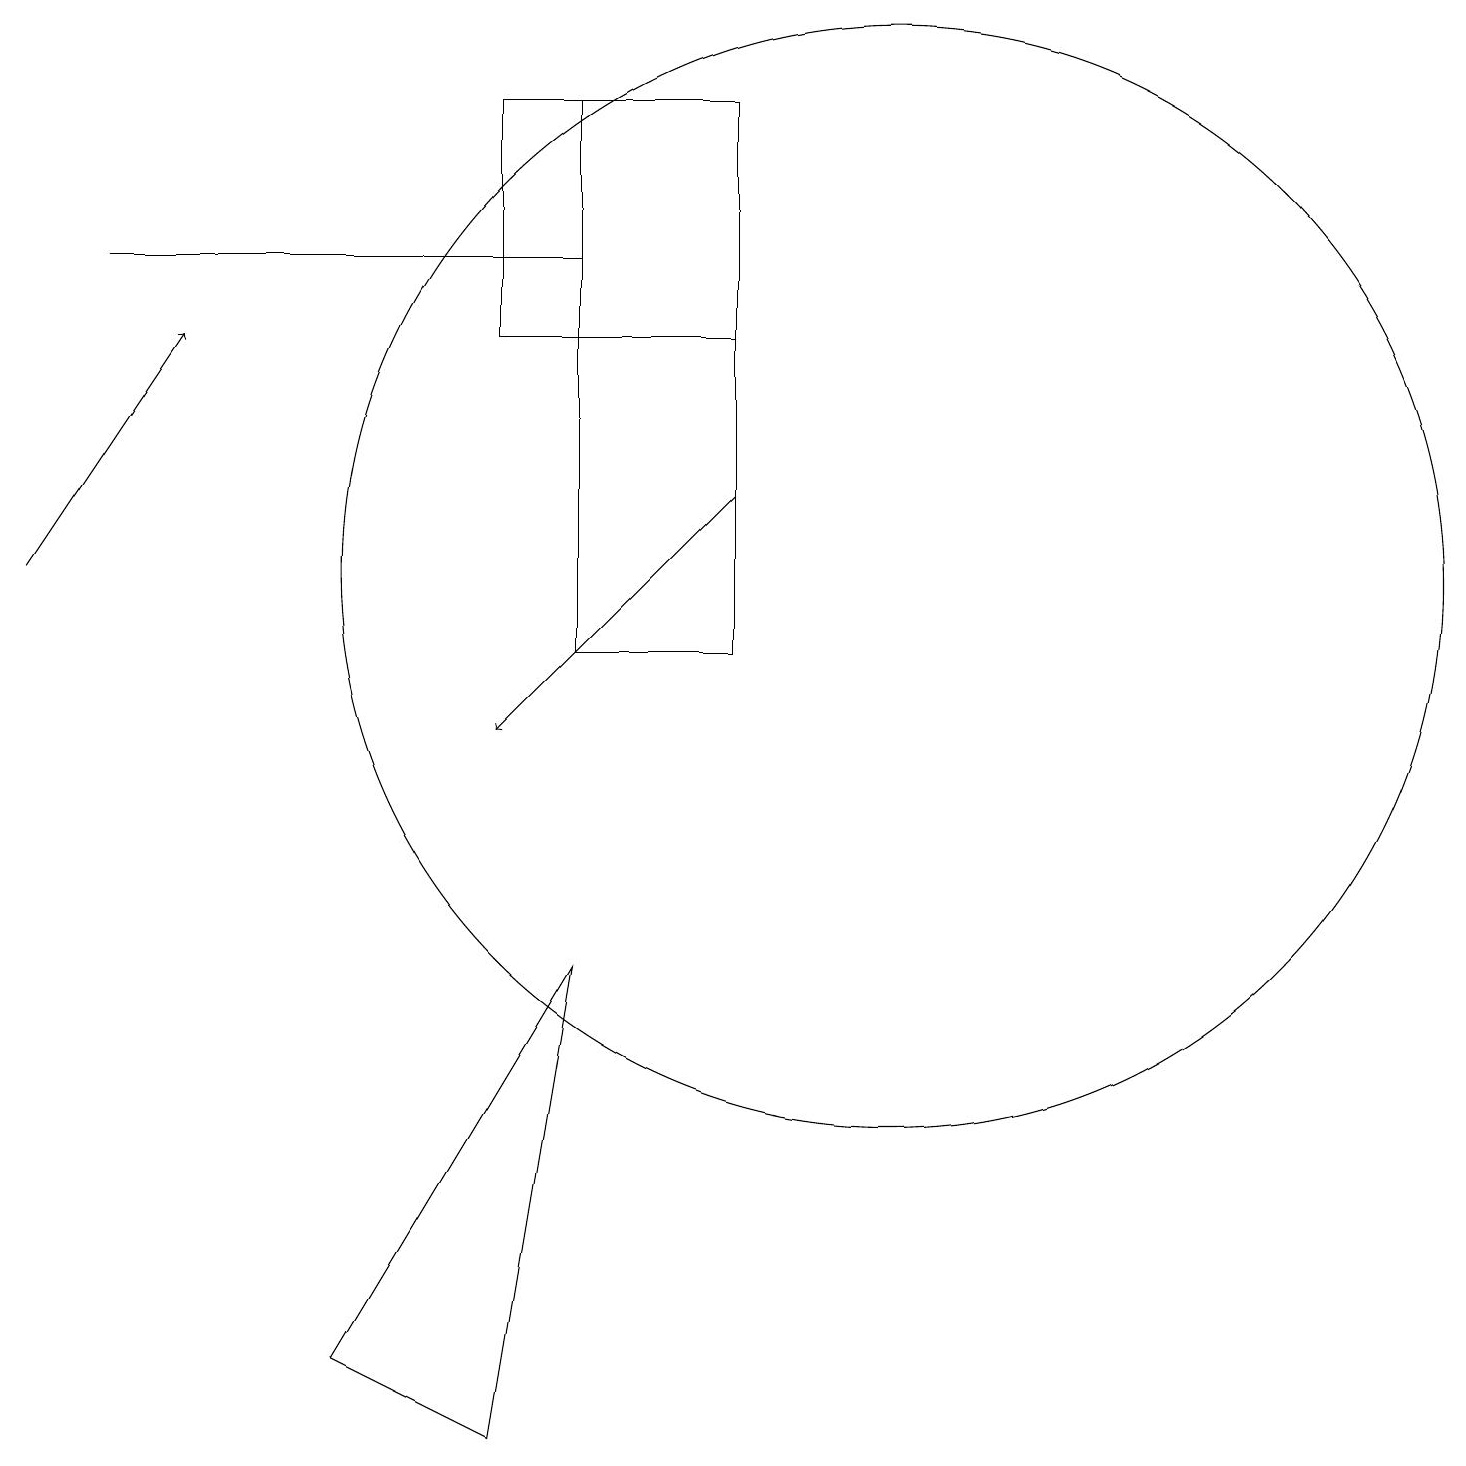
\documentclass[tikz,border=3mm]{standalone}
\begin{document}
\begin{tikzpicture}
\draw (7,11) rectangle (9,18);
\draw (11,12) circle (7);
\draw (6,15) rectangle (9,18);
\draw[->] (9,13) -- (6,10);
\draw[->] (0,12) -- (2,15);
\draw (6,1) -- (7,7) -- (4,2) -- cycle;
\draw (1,16) rectangle (7,16);
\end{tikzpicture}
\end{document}